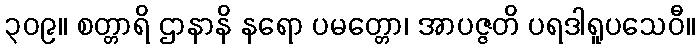
၃၀၉။ စတ္တာရိ ဌာနာနိ နရော ပမတ္တော၊ အာပဇ္ဇတိ ပရဒါရူပသေဝီ။